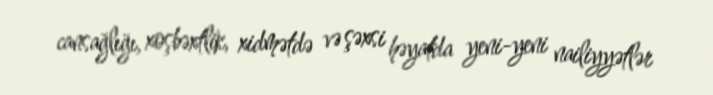
cansağlığı, xoşbəxtlik, xidmətdə və şəxsi həyatda yeni-yeni nailiyyətlər